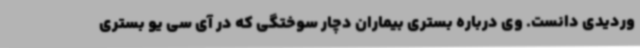
وردیدی دانست. وی درباره بستری بیماران دچار سوختگی که در آی سی یو بستری